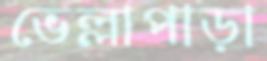
ভেল্লাপাড়া